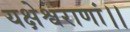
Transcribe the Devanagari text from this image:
यक्षेश्वराणां।।